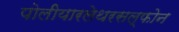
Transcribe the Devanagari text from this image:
पोलीयारलेथरसल्फोन